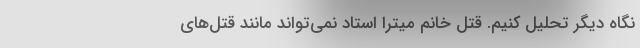
نگاه دیگر تحلیل کنیم. قتل خانم میترا استاد نمی‌تواند مانند قتل‌های